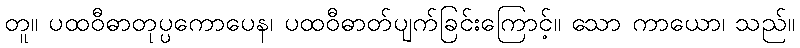
တူ။ ပထဝီဓာတုပ္ပကောပေန၊ ပထဝီဓာတ်ပျက်ခြင်းကြောင့်။ သော ကာယော၊ သည်။